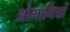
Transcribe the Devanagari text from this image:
ओमानियों